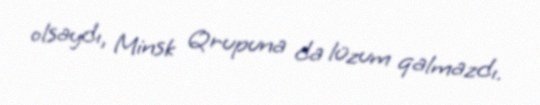
olsaydı, Minsk Qrupuna da lüzum qalmazdı.